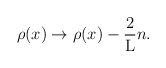
\begin{align*}{\rho(x)} \rightarrow {\rho(x)} - \frac{2}{\rm L} n.\end{align*}